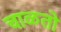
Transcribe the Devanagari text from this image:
चाळतो